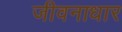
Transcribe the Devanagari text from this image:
जीवनाधार